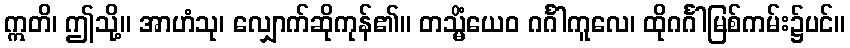
ဣတိ၊ ဤသို့။ အာဟံသု၊ လျှောက်ဆိုကုန်၏။ တသ္မိံယေဝ ဂင်္ဂါကူလေ၊ ထိုဂင်္ဂါမြစ်ကမ်း၌ပင်။